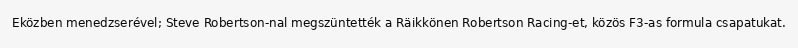
Eközben menedzserével; Steve Robertson-nal megszüntették a Räikkönen Robertson Racing-et, közös F3-as formula csapatukat.